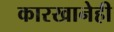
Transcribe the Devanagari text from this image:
कारखानेही